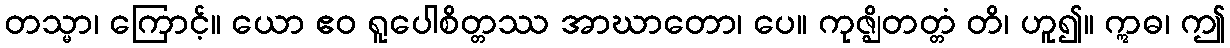
တသ္မာ၊ ကြောင့်။ ယော ဧဝ ရူပေါစိတ္တဿ အာဃာတော၊ ပေ။ ကုဇ္ဈိတတ္တံ တိ၊ ဟူ၍။ ဣဓ၊ ဤ